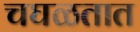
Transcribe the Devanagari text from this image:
चघळतात